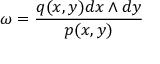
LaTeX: \omega = { \frac { q ( x , y ) d x \wedge d y } { p ( x , y ) } }